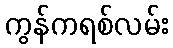
ကွန်ကရစ်လမ်း